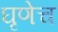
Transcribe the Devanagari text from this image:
घृणेच